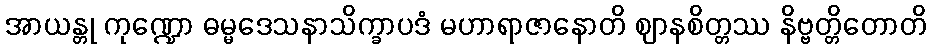
အာယန္တု ကုဏ္ဍော ဓမ္မဒေသနာသိက္ခာပဒံ မဟာရာဇာနောတိ ဈာနစိတ္တဿ နိဗ္ဗတ္တိတောတိ